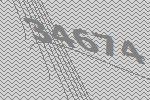
34674